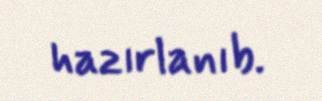
hazırlanıb.